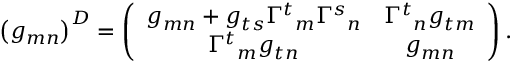
\left( g _ { m n } \right) ^ { D } = \left( \begin{array} { c c } { { g _ { m n } + g _ { t s } { \Gamma ^ { t } } _ { m } { \Gamma ^ { s } } _ { n } } } & { { { \Gamma ^ { t } } _ { n } g _ { t m } } } \\ { { { \Gamma ^ { t } } _ { m } g _ { t n } } } & { { g _ { m n } } } \end{array} \right) .